65_HS1-834228961_62-HQ-83894_Section_9
Agency: FBI
Page 47
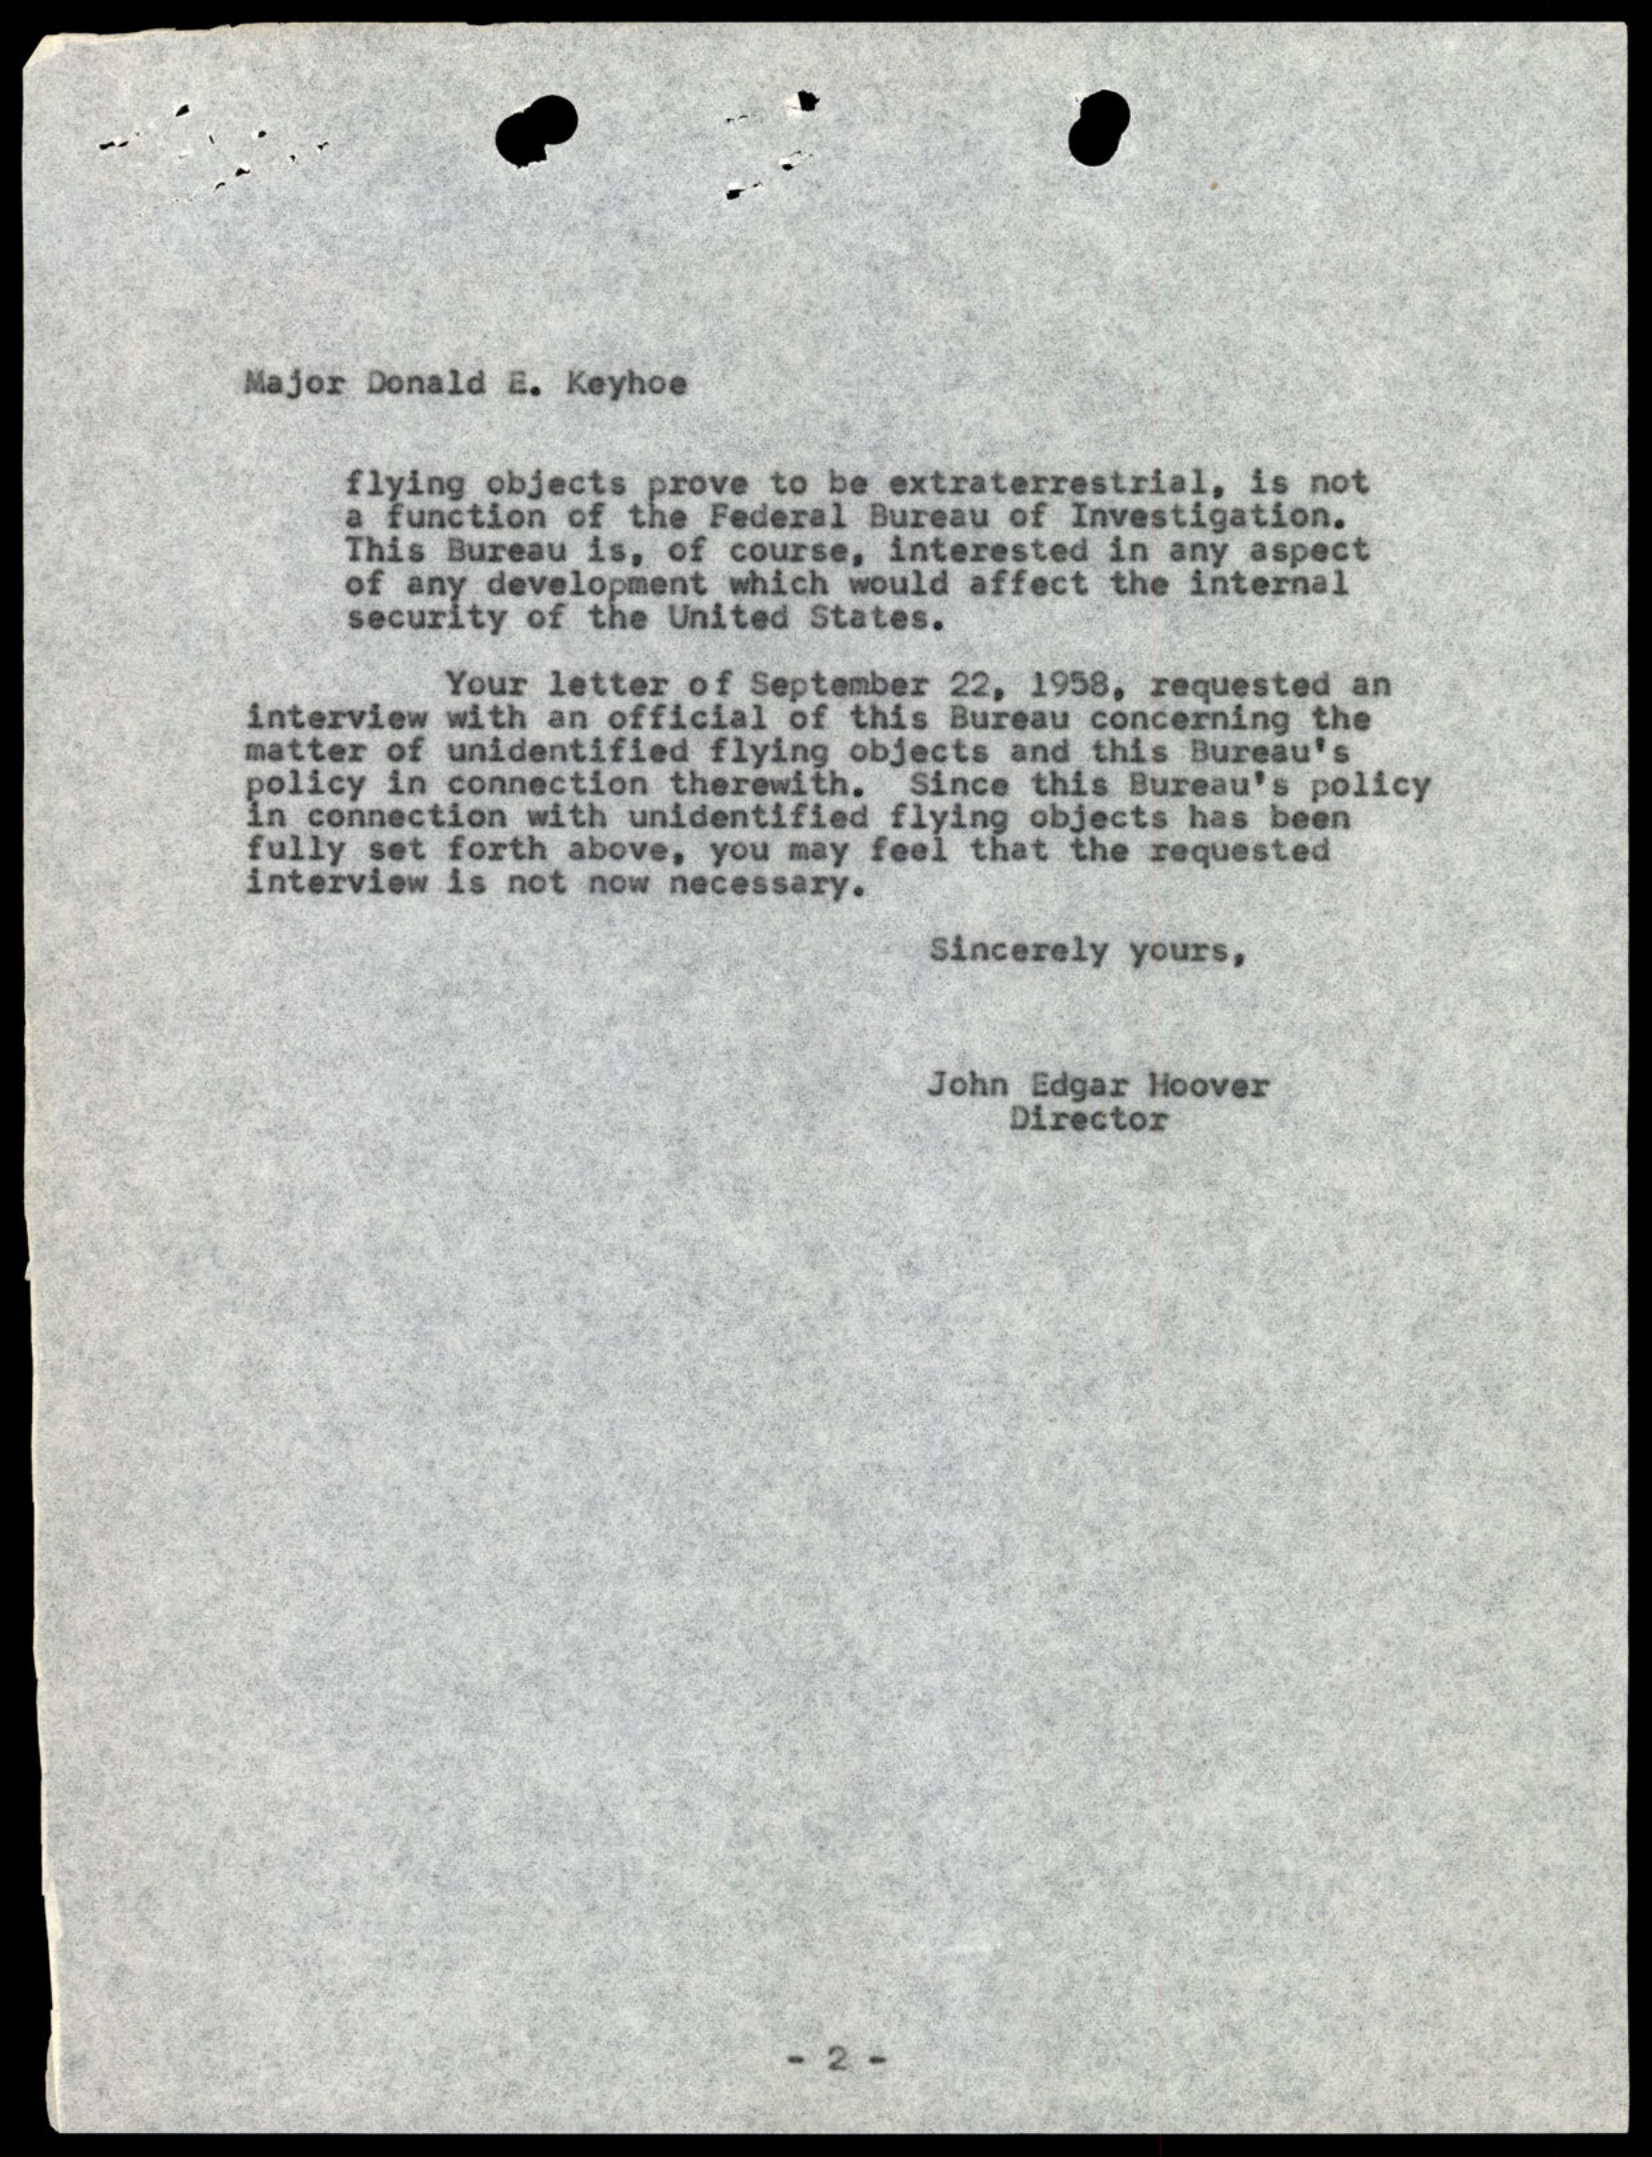